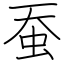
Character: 蚕